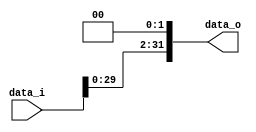
//Subject:      CO example - Shift_Left_Two_32
//--------------------------------------------------------------------------------
//Version:     1
//--------------------------------------------------------------------------------
//Description: 
//--------------------------------------------------------------------------------

module Shift_Left_Two_32(
    data_i,
    data_o
    );

//I/O ports                    
input   [32-1:0]    data_i;
output  [32-1:0]    data_o;

//shift left 2
assign  data_o[31:2] = data_i[29:0];
assign  data_o[1:0] = 2'b 00; 

endmodule